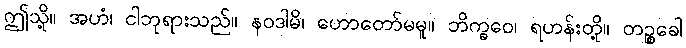
ဤသို့။ အဟံ၊ ငါဘုရားသည်။ နဝဒါမိ၊ ဟောတော်မမူ။ ဘိက္ခဝေ၊ ရဟန်းတို့။ တဉ္စခေါ